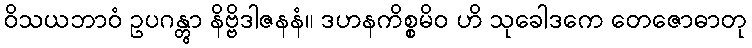
ဝိသယဘာဝံ ဥပဂန္တွာ နိဗ္ဗိဒါဇနနံ။ ဒဟနကိစ္စမိဝ ဟိ သုခေါဒကေ တေဇောဓာတု